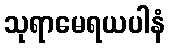
သုရာမေရယပါနံ